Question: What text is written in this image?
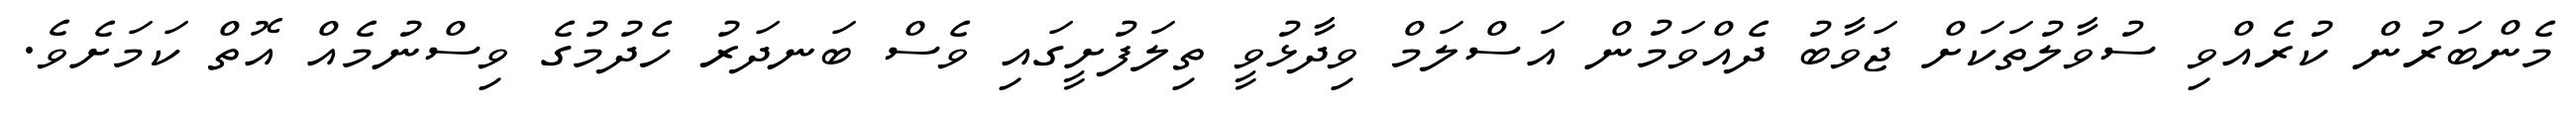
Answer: މެންބަރުން ކުރެއްވި ސުވާލުތަކަށް ޖަވާބު ދެއްވަމުން އަސްލަމް ވިދާޅުވީ ތިލަފުށީގައި ވެސް ބަނދަރު ހެދުމުގެ ވިސްނުމެއް އޮތް ކަމަށެވެ.